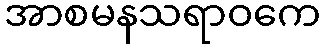
အာစမနသရာဝကေ